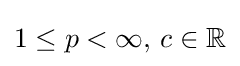
1\leq p<\infty ,\,c\in \mathbb {R}